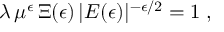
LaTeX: \lambda \, \mu ^ { \epsilon } \, \Xi ( \epsilon ) \, | E ( \epsilon ) | ^ { - \epsilon / 2 } = 1 \; ,